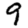
Digit: 9